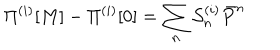
\Pi ^ { ( i ) } [ M ] - \Pi ^ { ( i ) } [ 0 ] = \sum _ { n } { \cal S } _ { n } ^ { ( i ) } \bar { P } ^ { n }